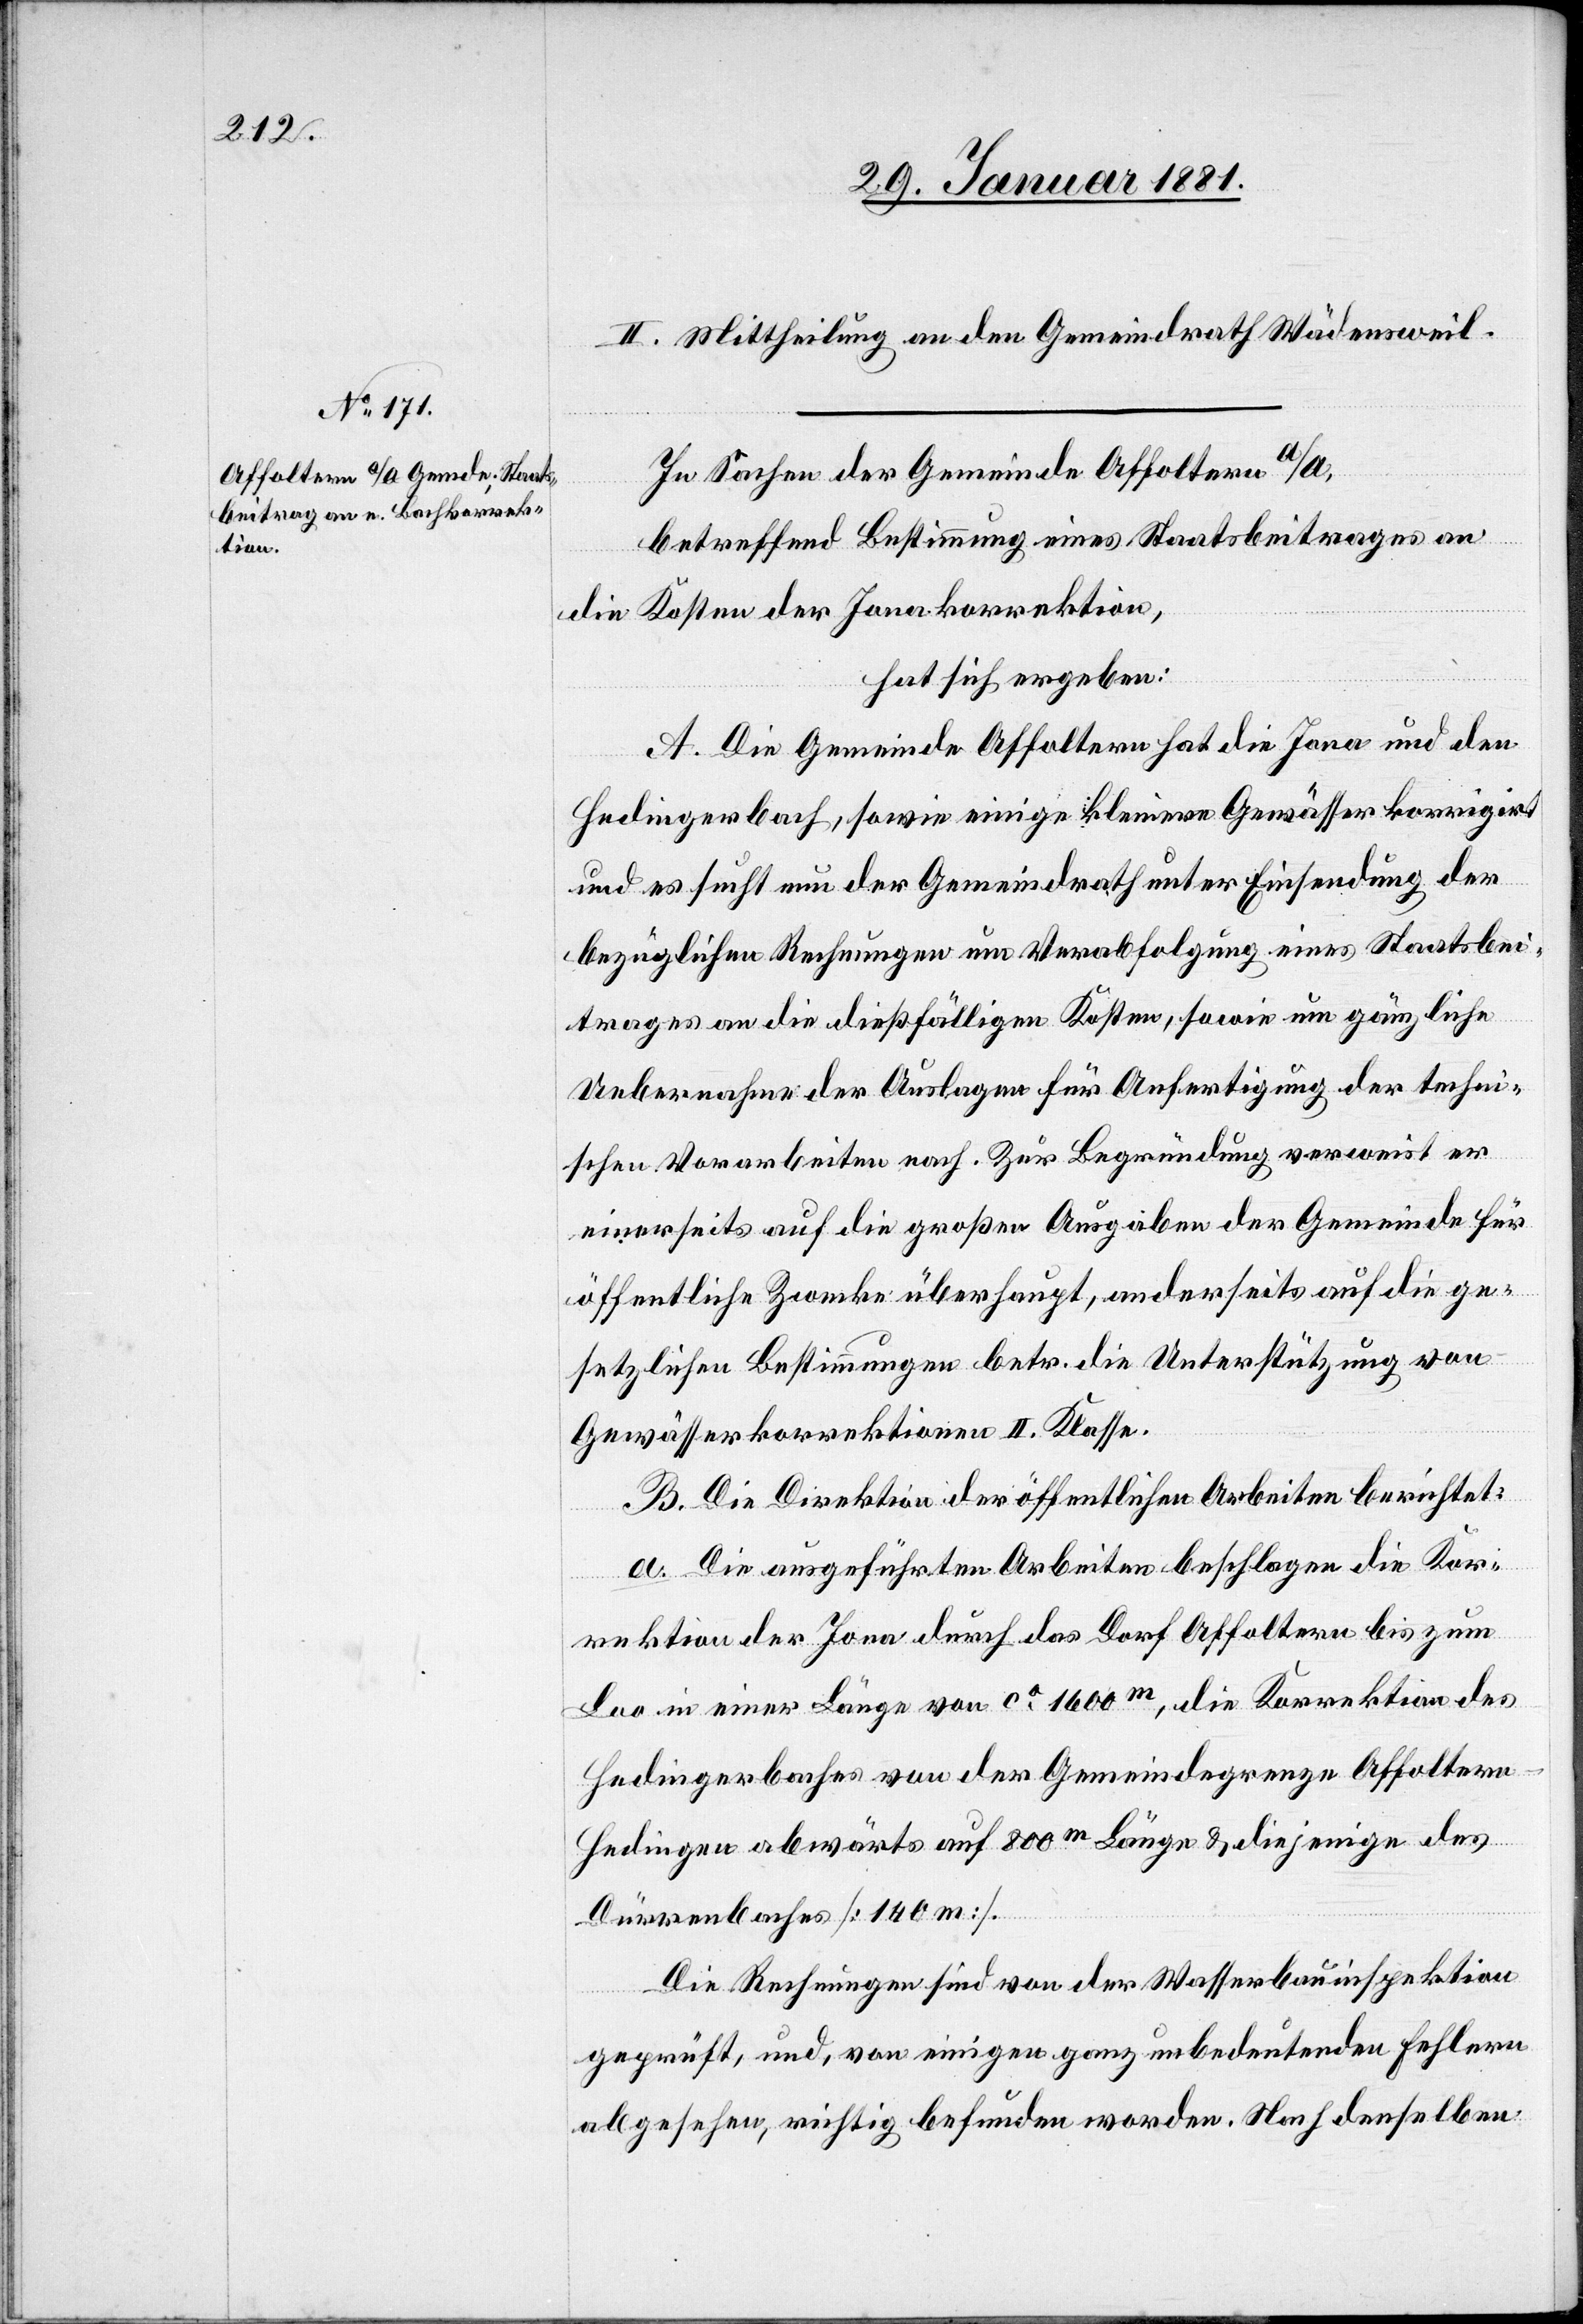
II. Mittheilung an den Gemeindrath Wädensweil.
In Sachen der Gemeinde Affoltern a/A,
betreffend Bestimmung eines Staatsbeitrages an
die Kosten der Jonakorrektion,
hat sich ergeben:
A. Die Gemeinde Affoltern hat die Jona und den
Hedingerbach, sowie einige kleinere Gewässer korrigirt
und es sucht nun der Gemeindrath unter Einsendung der
bezüglichen Rechnungen um Verabfolgung eines Staatsbei¬
trages an die dießfälligen Kosten, sowie um gänzliche
Uebernahme der Auslagen für Anfertigung der techni¬
schen Vorarbeiten nach. Zur Behandlung verweist er
einerseits auf die großen Ausgaben der Gemeinde für
öffentliche Zwecke überhaupt, anderseits auf die ge¬
setzlichen Bestimmungen betr. die Unterstützung von
Gewässerkorrektionen II. Klasse.
B. Die Direktion der öffentlichen Arbeiten berichtet:
a. Die ausgeführten Arbeiten beschlagen die Kor¬
rektion der Jona durch das Dorf Affoltern bis zum
Loo in einer Länge von ca 1600m, die Korrektion des
Hedingerbaches von der Gemeindegrenze Affoltern
Hedingen abwärts auf 800m Länge & diejenige des
Dürrenbaches [140 m].
Die Rechnungen sind von der Wasserbauinspektion
geprüft, und, von einigen ganz unbedeutenden Fehlern
abgesehen, richtig befunden worden. Nach denselben